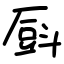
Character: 㕏